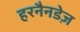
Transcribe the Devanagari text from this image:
हरनैनडेज़